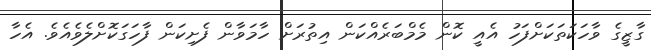
ގާޒީގެ ވާހަކަތަކަށްފަހު އެއީ ކޮން މެމްބަރެއްކަން އިތުރަށް ހާމަވާން ފެށިކަން ފާހަގަކޮށްލެވެއެވެ. އެހާ